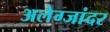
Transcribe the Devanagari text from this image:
अलेग्जांदर